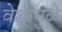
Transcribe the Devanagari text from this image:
वेशामुळे